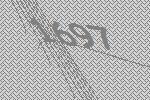
1697